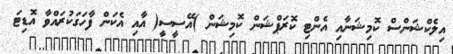
އިލެކްޝަންސް ކޮމިޝަނާއި އެންޓި ކޮރަޕްޝަން ކޮމިޝަން )އޭސީސީ( އާއި އެކަން ފާހަގަކުރައްވާ އޮޑިޓަ